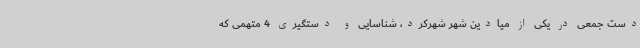
دست جمعی در یکی از میادین شهر شهرکرد، شناسایی و دستگیری 4 متهمی که